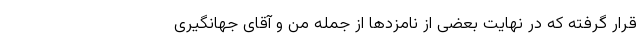
قرار گرفته که در نهایت بعضی از نامزدها از جمله من و آقای جهانگیری